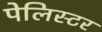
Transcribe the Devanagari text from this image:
पेलिस्टर